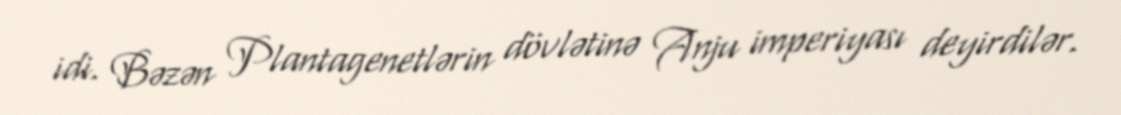
idi. Bəzən Plantagenetlərin dövlətinə Anju imperiyası deyirdilər.